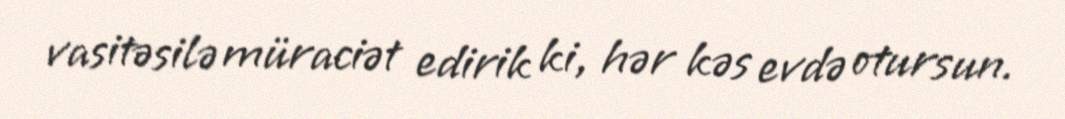
vasitəsilə müraciət edirik ki, hər kəs evdə otursun.